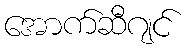
အောက်ဆီဂျင်